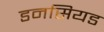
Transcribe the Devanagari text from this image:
डनसियड